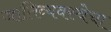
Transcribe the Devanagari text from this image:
जातिव्यवस्थेचा